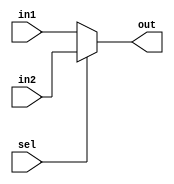
module mux2x3(input [2:0]in1, in2, output [2:0] out, input sel); // se (sel==0) out=in1
	// utilizando comando ternrio no multiplexador
	assign out = (sel==0? in1: in2);
endmodule

module mux2x8(input [7:0]in1, in2, output [7:0] out, input sel); // se (sel==0) out=in1
	assign out = (sel==0? in1: in2);
endmodule